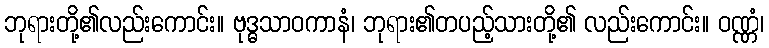
ဘုရားတို့၏လည်းကောင်း။ ဗုဒ္ဓသာဝကာနံ၊ ဘုရား၏တပည့်သားတို့၏ လည်းကောင်း။ ဝဏ္ဏံ၊